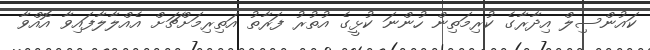
ކައުންސިލް އިދާރާގެ ކުރިމަތިން ހުންނަ ކުޅީގެ އުތުރު ފަރާތު އަތިރިމަށްޗަށް އެއްލާލާފައިވާ އޮއްވާ